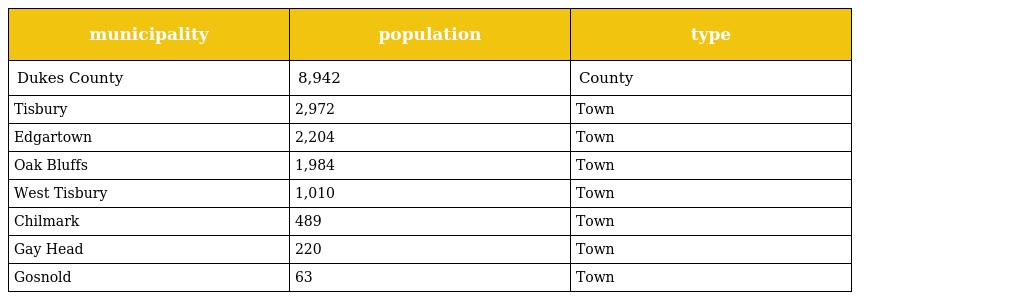
| municipality | population | type |
 | --- | --- | --- |
 | Dukes County | 8,942 | County |
 | Tisbury | 2,972 | Town |
 | Edgartown | 2,204 | Town |
 | Oak Bluffs | 1,984 | Town |
 | West Tisbury | 1,010 | Town |
 | Chilmark | 489 | Town |
 | Gay Head | 220 | Town |
 | Gosnold | 63 | Town |